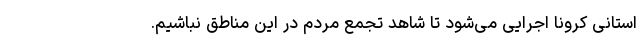
استانی کرونا اجرایی می‌شود تا شاهد تجمع مردم در این مناطق نباشیم.